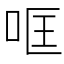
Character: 哐